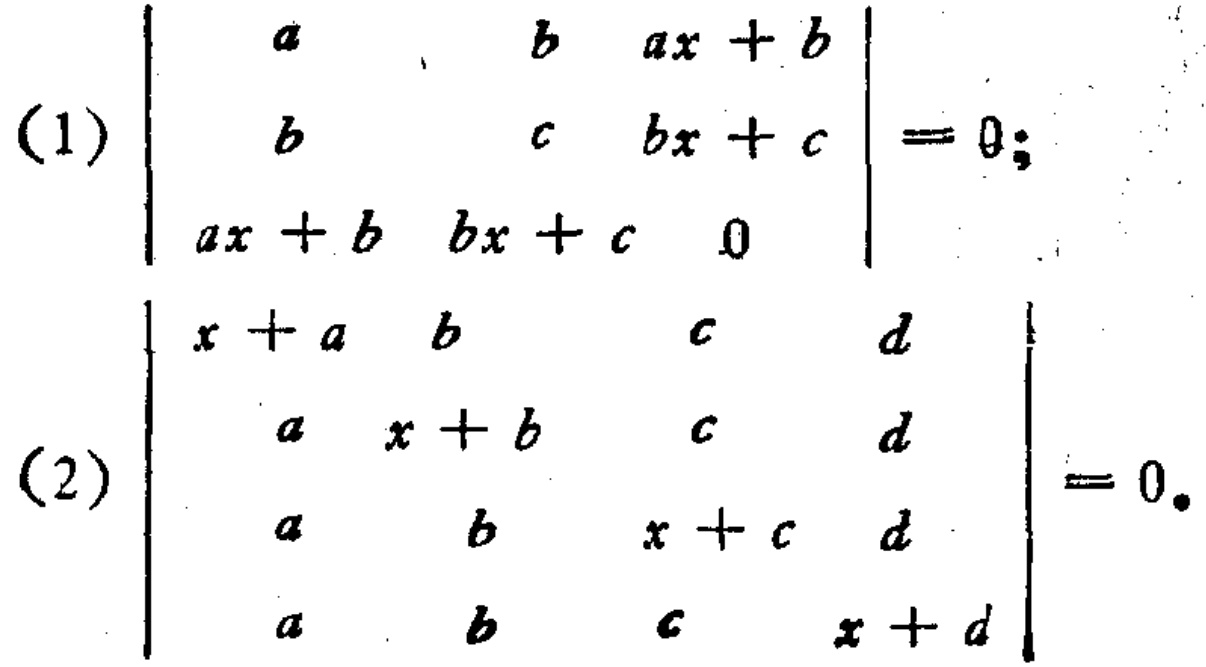
(1) \(\begin{vmatrix}
a & b & ax + b\\
b & c & bx + c\\
ax + b & bx + c & 0
\end{vmatrix}=0\);
(2) \(\begin{vmatrix}
x + a & b & c & d\\
a & x + b & c & d\\
a & b & x + c & d\\
a & b & c & x + d
\end{vmatrix}=0\)